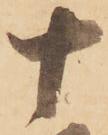
十